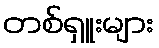
တစ်ရှူးများ